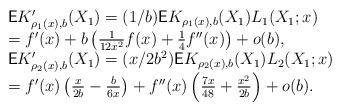
LaTeX: \begin{gather*}\begin{array}{ll}&\mathsf E K'_{\rho_1(x),b}(X_1)=(1/b)\mathsf EK_{\rho_1(x),b}(X_1)L_1(X_1;x)\\&= f'(x) + b\left(\frac{1}{12x^2} f(x) +\frac{1}{4}f''(x)\right)+o(b),\\&\mathsf E K'_{\rho_2(x),b}(X_1)=(x/2b^2)\mathsf E K_{\rho_2(x),b}(X_1)L_2(X_1;x)\\&=f'(x)\left(\frac{x}{2b}-\frac{b}{6x}\right)+f''(x)\left(\frac{7x}{48}+\frac{x^2}{2b}\right)+o(b).\end{array}\end{gather*}